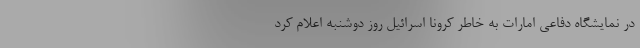
در نمایشگاه دفاعی امارات به خاطر کرونا اسرائیل روز دوشنبه اعلام کرد